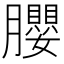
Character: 䑍